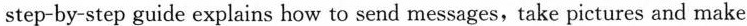
children more ways to get information.So，it's possible that children know more than their parents do